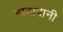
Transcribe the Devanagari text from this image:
हावापानी